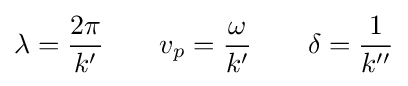
\lambda ={\frac {2\pi }{k'}}\qquad v_{p}={\frac {\omega }{k'}}\qquad \delta ={\frac {1}{k''}}